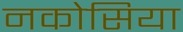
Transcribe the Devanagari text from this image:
नकोसिया